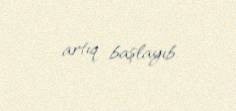
artıq başlayıb.